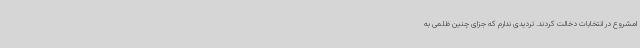
امشروع در انتخابات دخالت کردند. تردیدی ندارم که جزای چنین ظلمی به